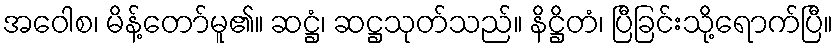
အဝေါစ၊ မိန့်တော်မူ၏။ ဆဋ္ဌံ၊ ဆဋ္ဌသုတ်သည်။ နိဋ္ဌိတံ၊ ပြီခြင်းသို့ရောက်ပြီ။